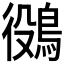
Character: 𪁛